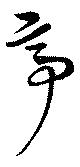
亭